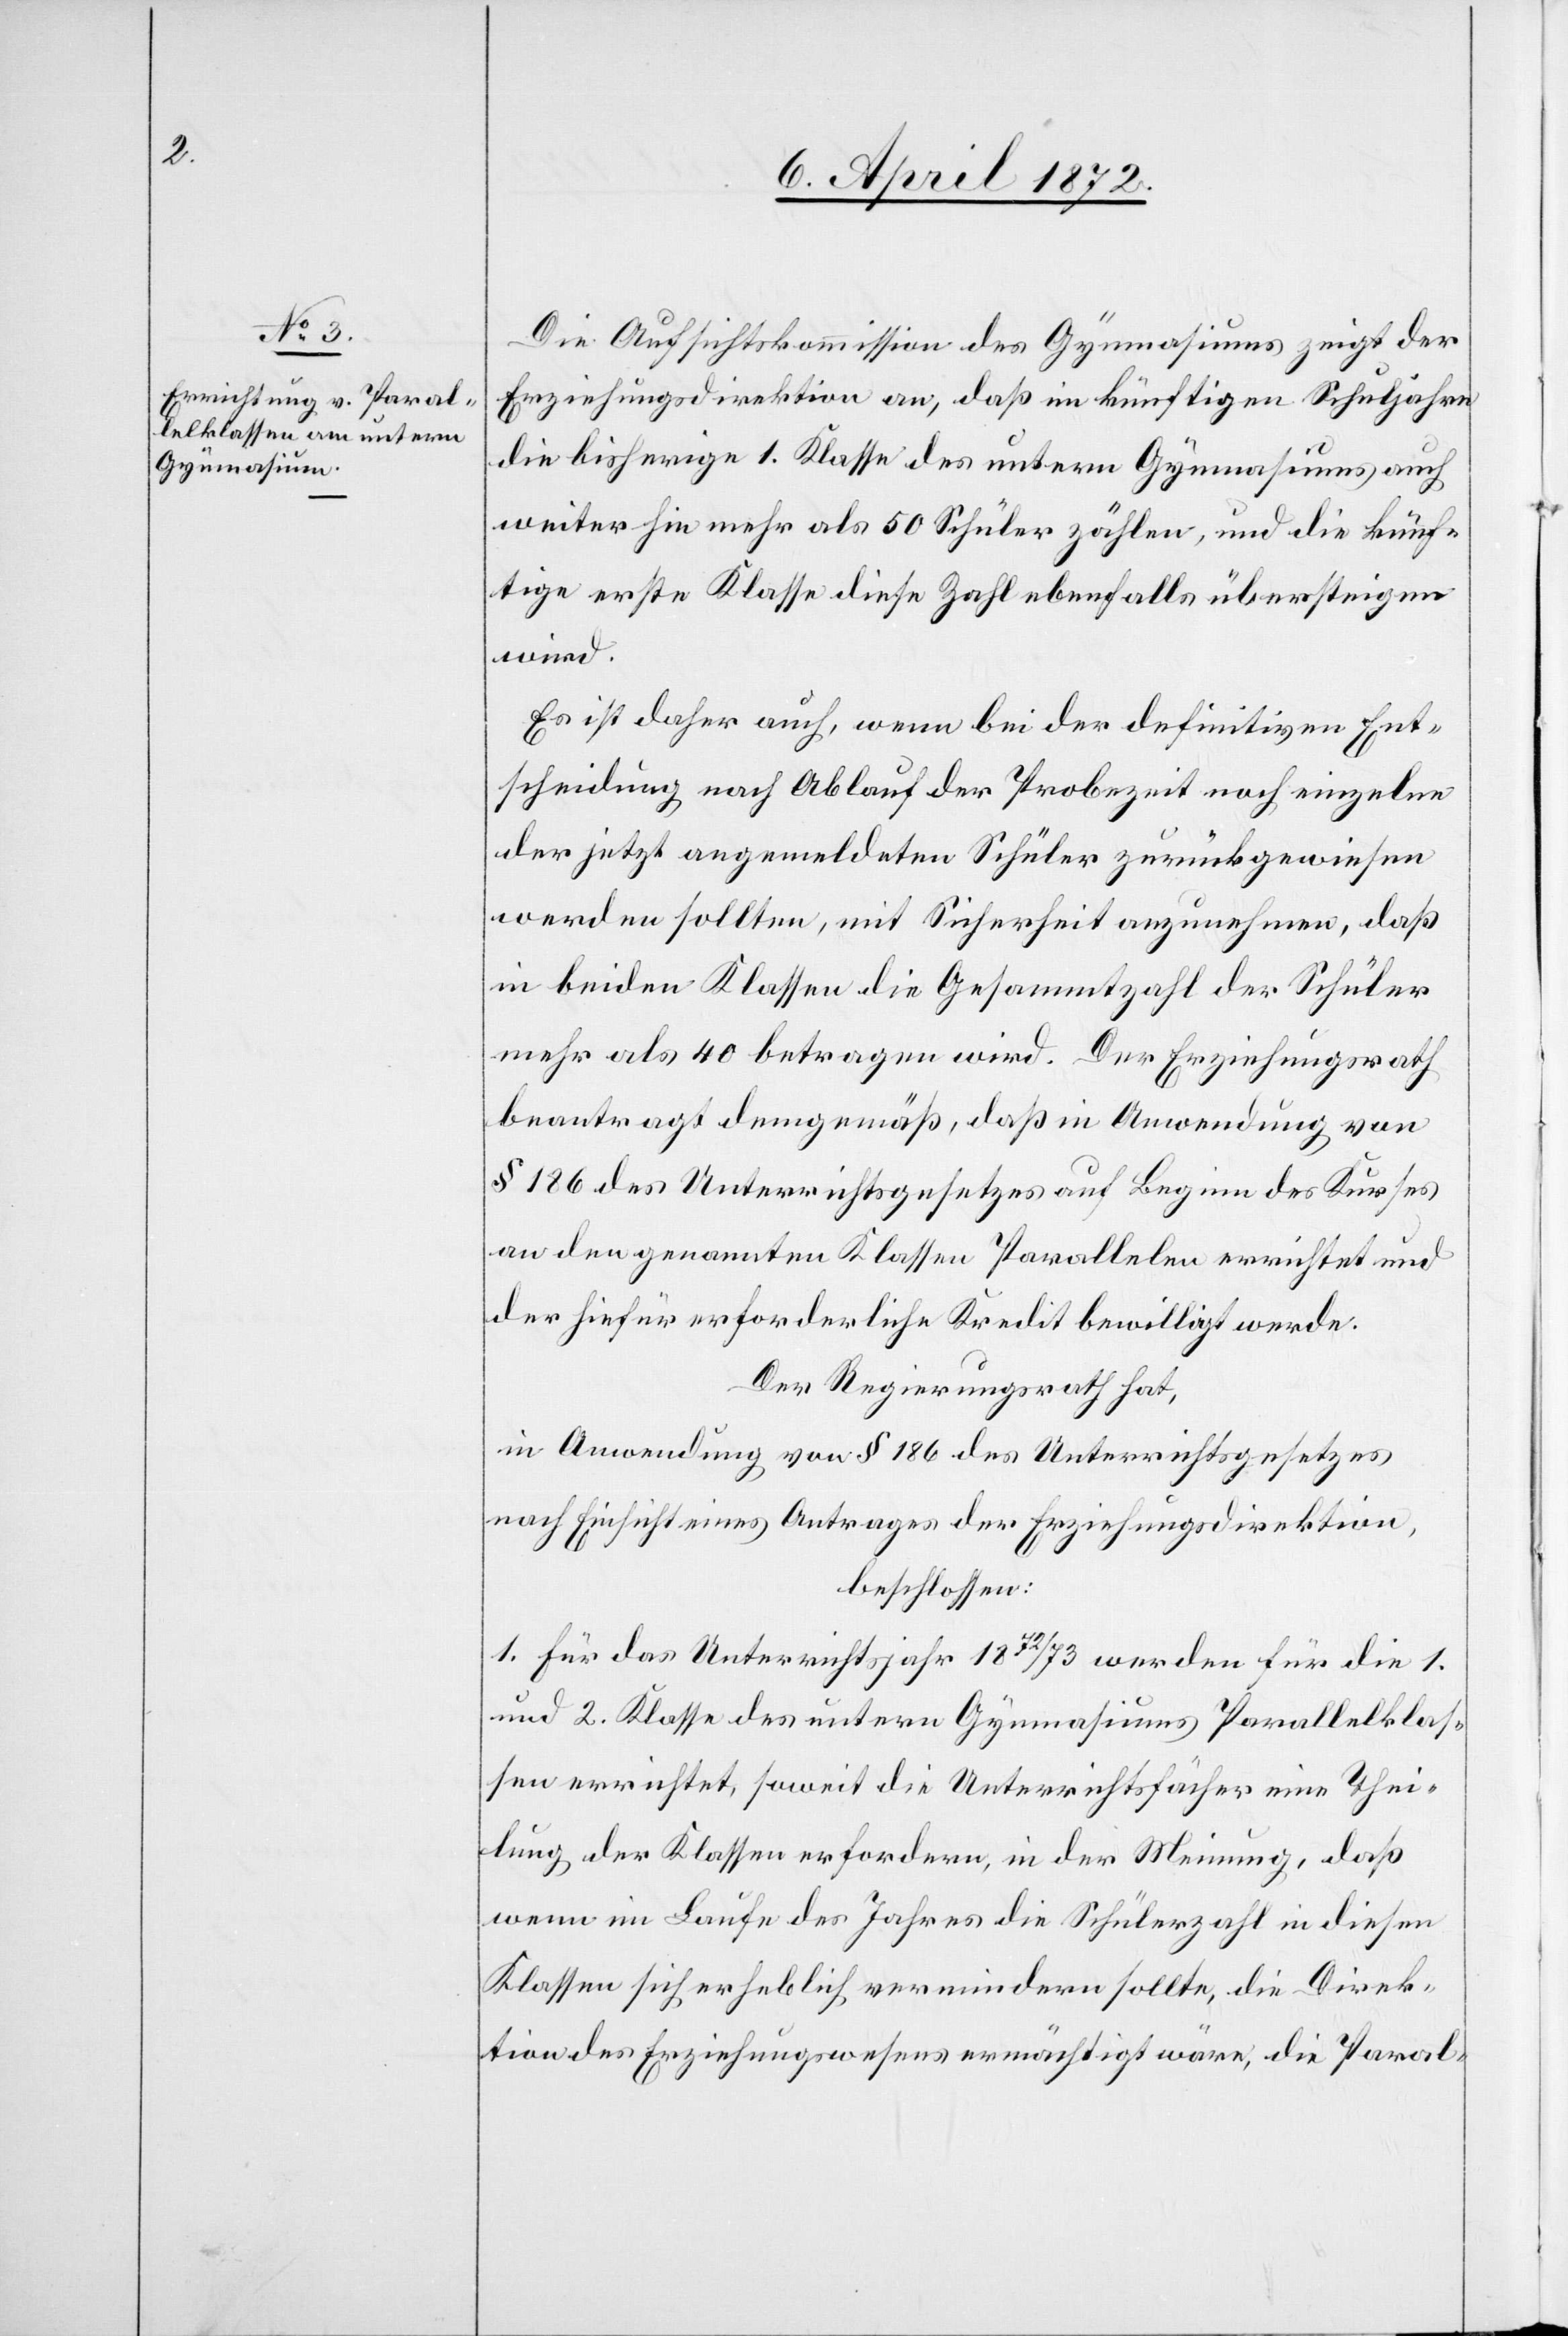
Die Aufsichtskommission des Gymnasiums zeigt der
Erziehungsdirektion an, daß im künftigen Schuljahre
die bisherige 1. Klasse des untern Gymnasiums auch
weiterhin mehr als 50 Schüler zählen, und die künf¬
tige erste Klasse diese Zahl ebenfalls übersteigen
wird.
Es ist daher auch, wenn bei der definitiven Ent¬
scheidung nach Ablauf der Probezeit noch einzelne
der jetzt angemeldeten Schüler zurückgewiesen
werden sollten, mit Sicherheit anzunehmen, daß
in beiden Klassen die Gesammtzahl der Schüler
mehr als 40 betragen wird. Der Erziehungsrath
beantragt demgemäß, daß in Anwendung von
§ 186 des Unterrichtsgesetzes auf Beginn des Kurses
an den genannten Klassen Parallelen errichtet und
der hiefür erforderliche Kredit bewilligt werde.
Der Regierungsrath hat,
in Anwendung von § 186 des Unterrichtsgesetzes
nach Einsicht eines Antrages der Erziehungsdirektion,
beschlossen:
1. Für das Unterrichtsjahr 1872/73 werden für die 1.
und 2. Klasse des untern Gymnasiums Parallelklas¬
sen errichtet, soweit die Unterrichtsfächer eine Thei¬
lung der Klassen erfordere, in der Meinung, daß
wenn im Laufe des Jahres die Schülerzahl in diesen
Klassen sich erheblich vermindern sollte, die Direk¬
tion des Erziehungswesens ermächtigt wäre, die Paral-